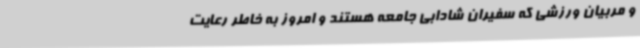
و مربیان ورزشی که سفیران شادابی جامعه هستند و امروز به خاطر رعایت